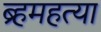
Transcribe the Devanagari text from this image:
ब्र्हमहत्या